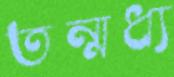
তন্মধ্য